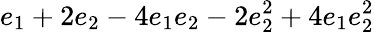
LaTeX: \displaystyle e_{1}+2e_{2}-4e_{1}e_{2}-2e_{2}^{2}+4e_{1}e_{2}^{2}